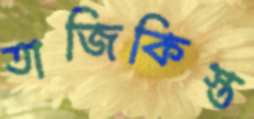
তাজিকিস্ত